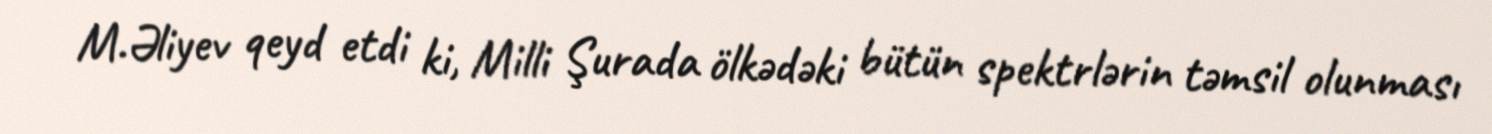
M.Əliyev qeyd etdi ki, Milli Şurada ölkədəki bütün spektrlərin təmsil olunması